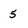
Character: 5